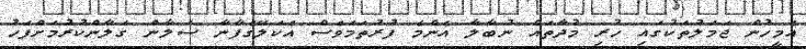
އެމީހުން ޖަމަލުތަކުގައި ހުރި މުދާތައް ނުބާލާ އެންމެ ފުރުތަމަވެސް އެކަލޭގެފާނާ ސަލާން ގަލާންކުރުމަށްފަހު